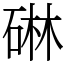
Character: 碄